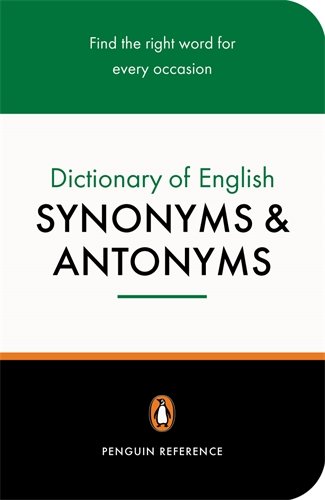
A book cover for Dictionary of English Synonyms and Antonyms, The Penguin: Revised Edition (Reference); Market House Books Ltd.; Reference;